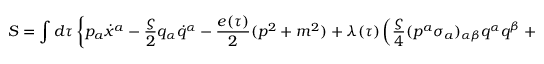
S = \int d \tau \left\{ p _ { a } \dot { x } ^ { a } - \frac { \varsigma } { 2 } q _ { \alpha } \dot { q } ^ { \alpha } - \frac { e ( \tau ) } { 2 } ( p ^ { 2 } + m ^ { 2 } ) + \lambda ( \tau ) \left( \frac { \varsigma } { 4 } ( p ^ { a } \sigma _ { a } ) _ { \alpha \beta } q ^ { \alpha } q ^ { \beta } + m s \right) \right\}